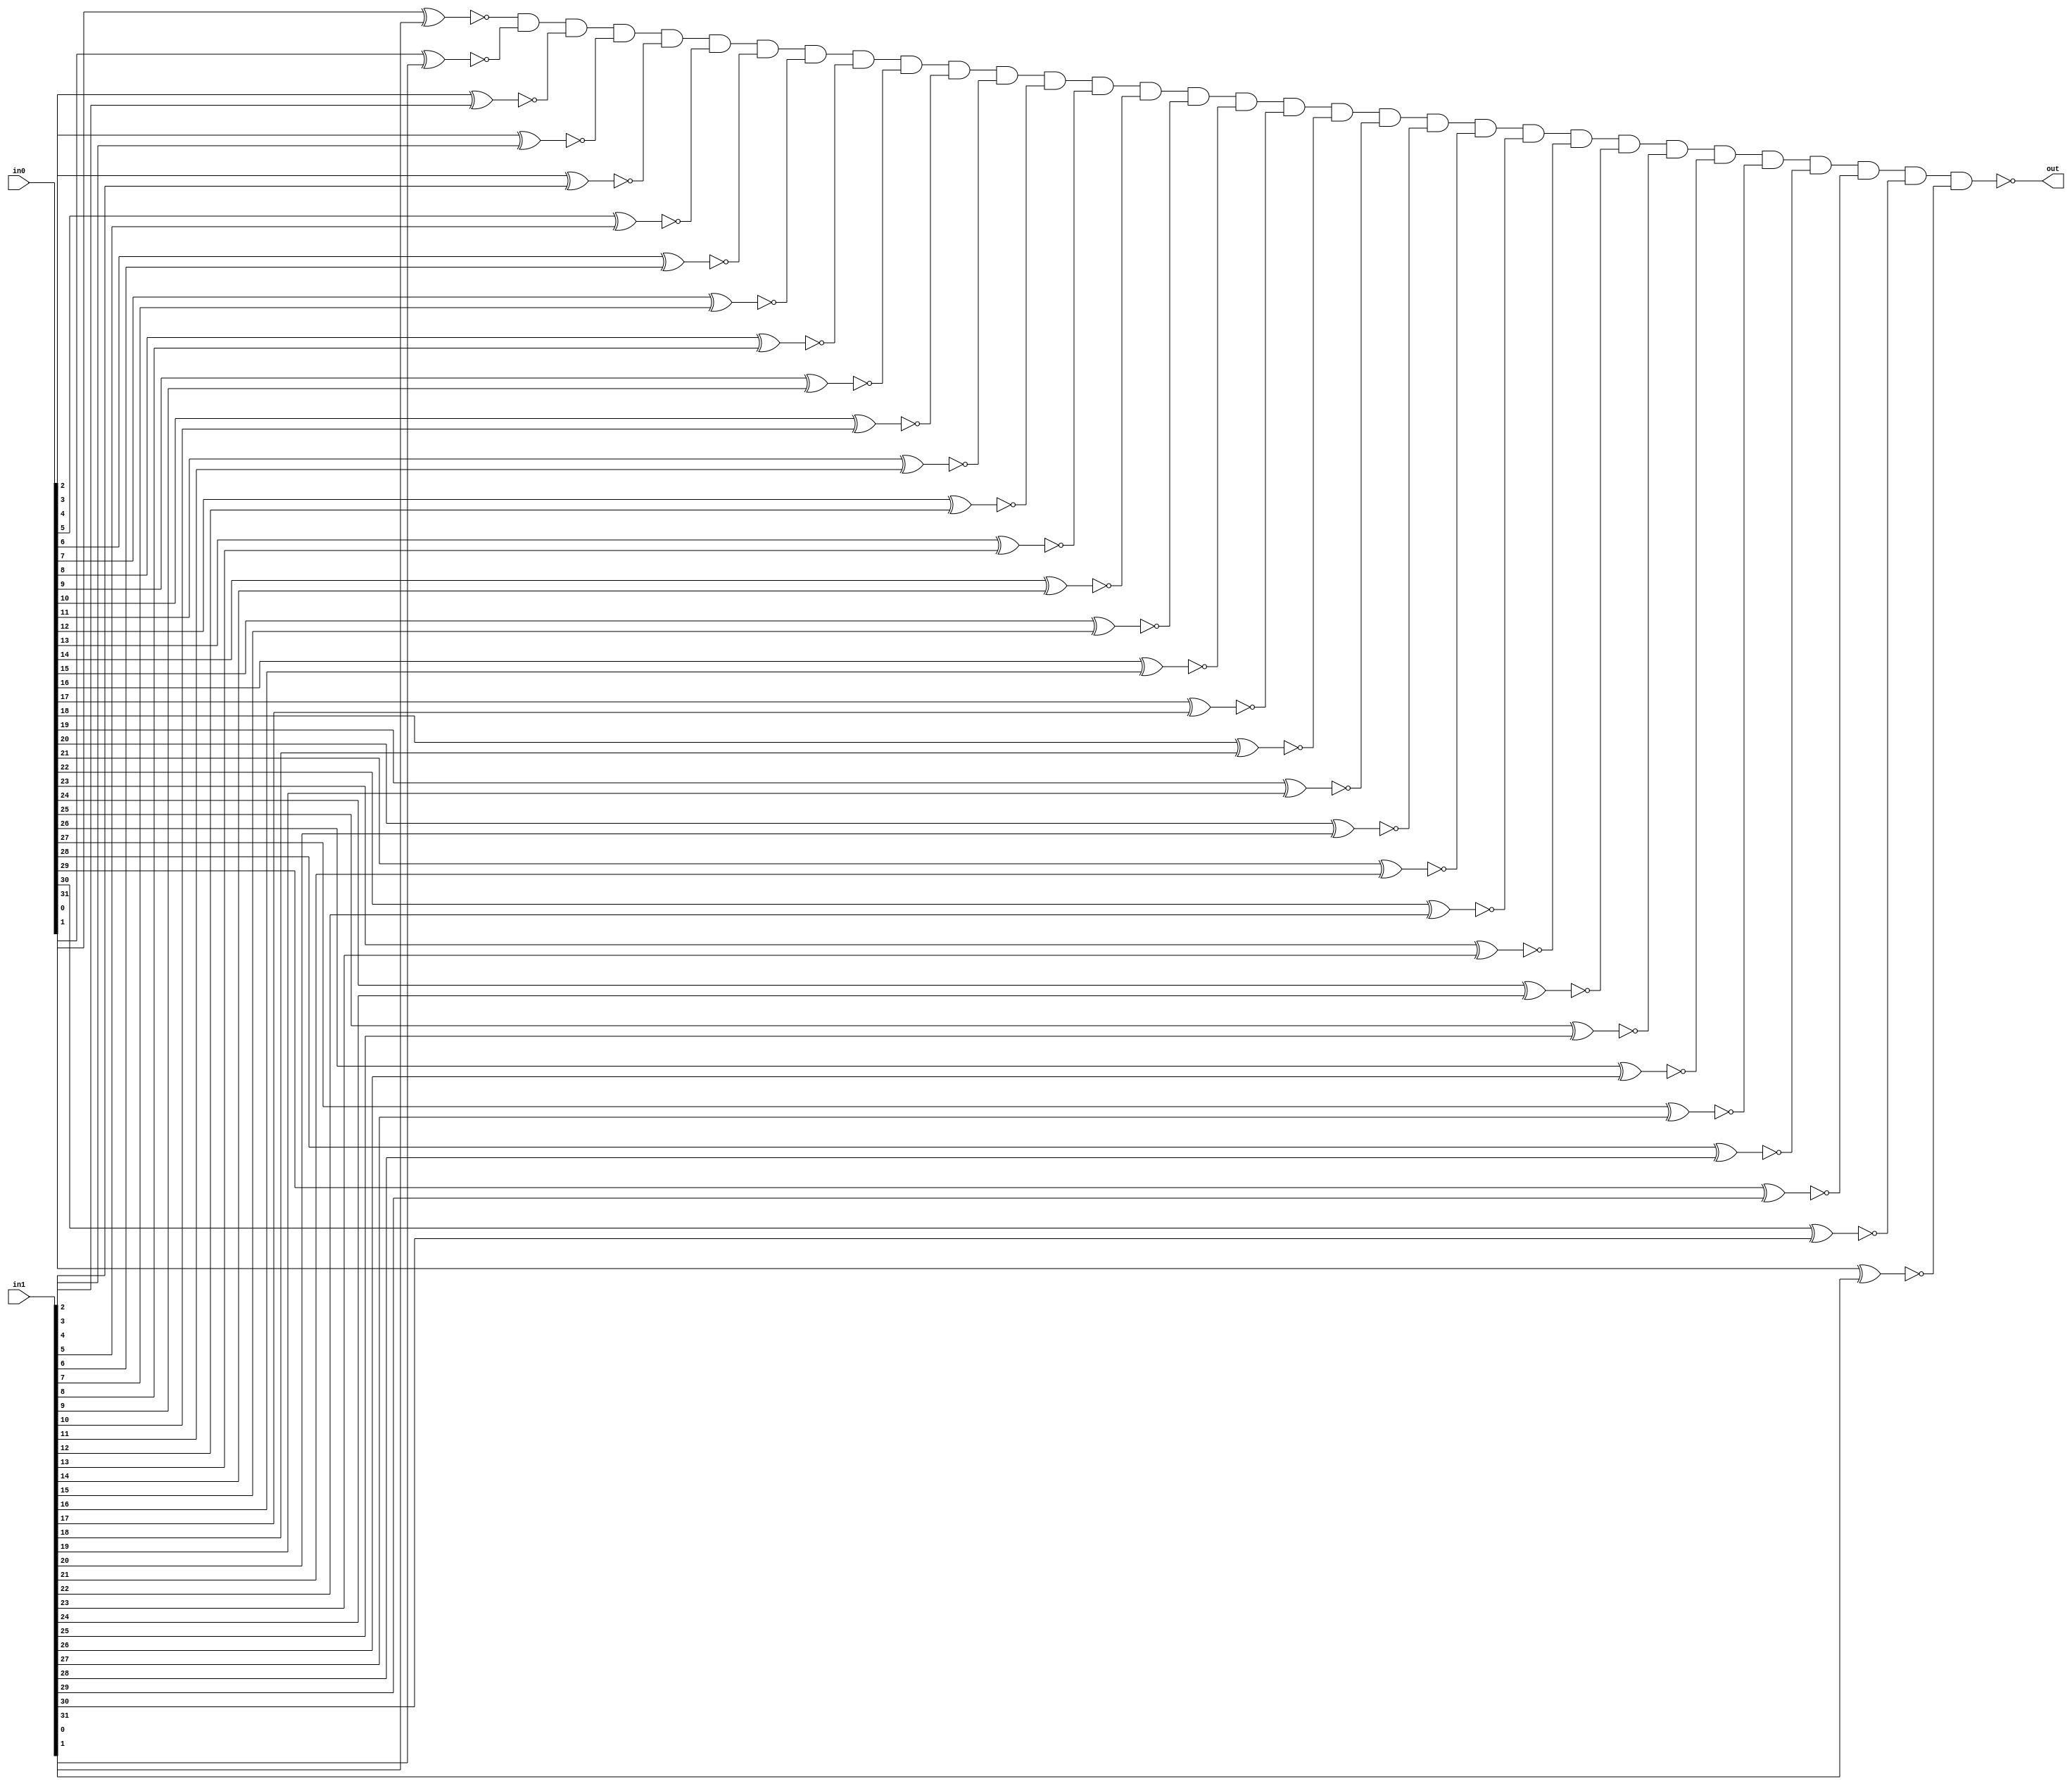
module notEqual(in0, in1, out);

	input [31:0] in0, in1;
	output out;

	wire temp0, temp1, temp2, temp3, temp4, temp5, temp6, temp7, temp8, temp9, temp10, temp11, temp12, temp13, temp14, temp15, temp16, temp17, temp18, temp19, temp20, temp21, temp22, temp23, temp24, temp25, temp26, temp27, temp28, temp29, temp30, temp31;

	xnor my_xnor_0(temp0, in0[0], in1[0]);
	xnor my_xnor_1(temp1, in0[1], in1[1]);
	xnor my_xnor_2(temp2, in0[2], in1[2]);
	xnor my_xnor_3(temp3, in0[3], in1[3]);
	xnor my_xnor_4(temp4, in0[4], in1[4]);
	xnor my_xnor_5(temp5, in0[5], in1[5]);
	xnor my_xnor_6(temp6, in0[6], in1[6]);
	xnor my_xnor_7(temp7, in0[7], in1[7]);
	xnor my_xnor_8(temp8, in0[8], in1[8]);
	xnor my_xnor_9(temp9, in0[9], in1[9]);
	xnor my_xnor_10(temp10, in0[10], in1[10]);
	xnor my_xnor_11(temp11, in0[11], in1[11]);
	xnor my_xnor_12(temp12, in0[12], in1[12]);
	xnor my_xnor_13(temp13, in0[13], in1[13]);
	xnor my_xnor_14(temp14, in0[14], in1[14]);
	xnor my_xnor_15(temp15, in0[15], in1[15]);
	xnor my_xnor_16(temp16, in0[16], in1[16]);
	xnor my_xnor_17(temp17, in0[17], in1[17]);
	xnor my_xnor_18(temp18, in0[18], in1[18]);
	xnor my_xnor_19(temp19, in0[19], in1[19]);
	xnor my_xnor_20(temp20, in0[20], in1[20]);
	xnor my_xnor_21(temp21, in0[21], in1[21]);
	xnor my_xnor_22(temp22, in0[22], in1[22]);
	xnor my_xnor_23(temp23, in0[23], in1[23]);
	xnor my_xnor_24(temp24, in0[24], in1[24]);
	xnor my_xnor_25(temp25, in0[25], in1[25]);
	xnor my_xnor_26(temp26, in0[26], in1[26]);
	xnor my_xnor_27(temp27, in0[27], in1[27]);
	xnor my_xnor_28(temp28, in0[28], in1[28]);
	xnor my_xnor_29(temp29, in0[29], in1[29]);
	xnor my_xnor_30(temp30, in0[30], in1[30]);
	xnor my_xnor_31(temp31, in0[31], in1[31]); 

	wire notOut;
	and my_out(notOut, temp0, temp1, temp2, temp3, temp4, temp5, temp6, temp7, temp8, temp9, temp10,
				temp11, temp12, temp13, temp14, temp15, temp16, temp17, temp18, temp19, temp20,
				temp21, temp22, temp23, temp24, temp25, temp26, temp27, temp28, temp29, temp30, 
				temp31);

	not my_not_out(out, notOut);
endmodule